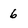
Character: 6